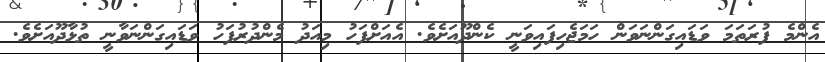
އެންމެ ފުރަތަމަ ވަޑައިގަންނަވަން ހަމަޖެހިފައިވަނީ ކެންދޫއަށެވެ. އެއަށްފަހު މިއަދު މެންދުރުފަހު ވަޑައިގަންނަވާނީ ތުޅާދޫއަށެވެ.